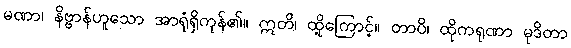
မဏာ၊ နိဗ္ဗာန်ဟူသော အာရုံရှိကုန်၏။ ဣတိ၊ ထို့ကြောင့်။ တာပိ၊ ထိုကရုဏာ မုဒိတာ